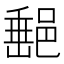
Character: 𨜲